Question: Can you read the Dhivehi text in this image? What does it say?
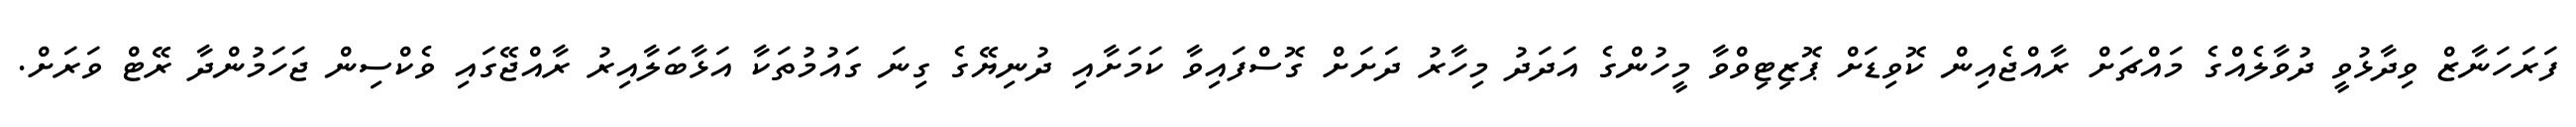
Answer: ފަރަހަނާޒް ވިދާޅުވީ ދުވާލެއްގެ މައްޗަށް ރާއްޖެއިން ކޮވިޑަށް ޕޮޒިޓިވްވާ މީހުންގެ އަދަދު މިހާރު ދަށަށް ގޮސްފައިވާ ކަމަށާއި ދުނިޔޭގެ ގިނަ ގައުމުތަކާ އަޅާބަލާއިރު ރާއްޖޭގައި ވެކްސިން ޖަހަމުންދާ ރޭޓް ވަރަށް.